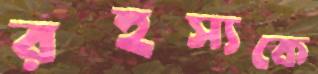
রহস্যকে